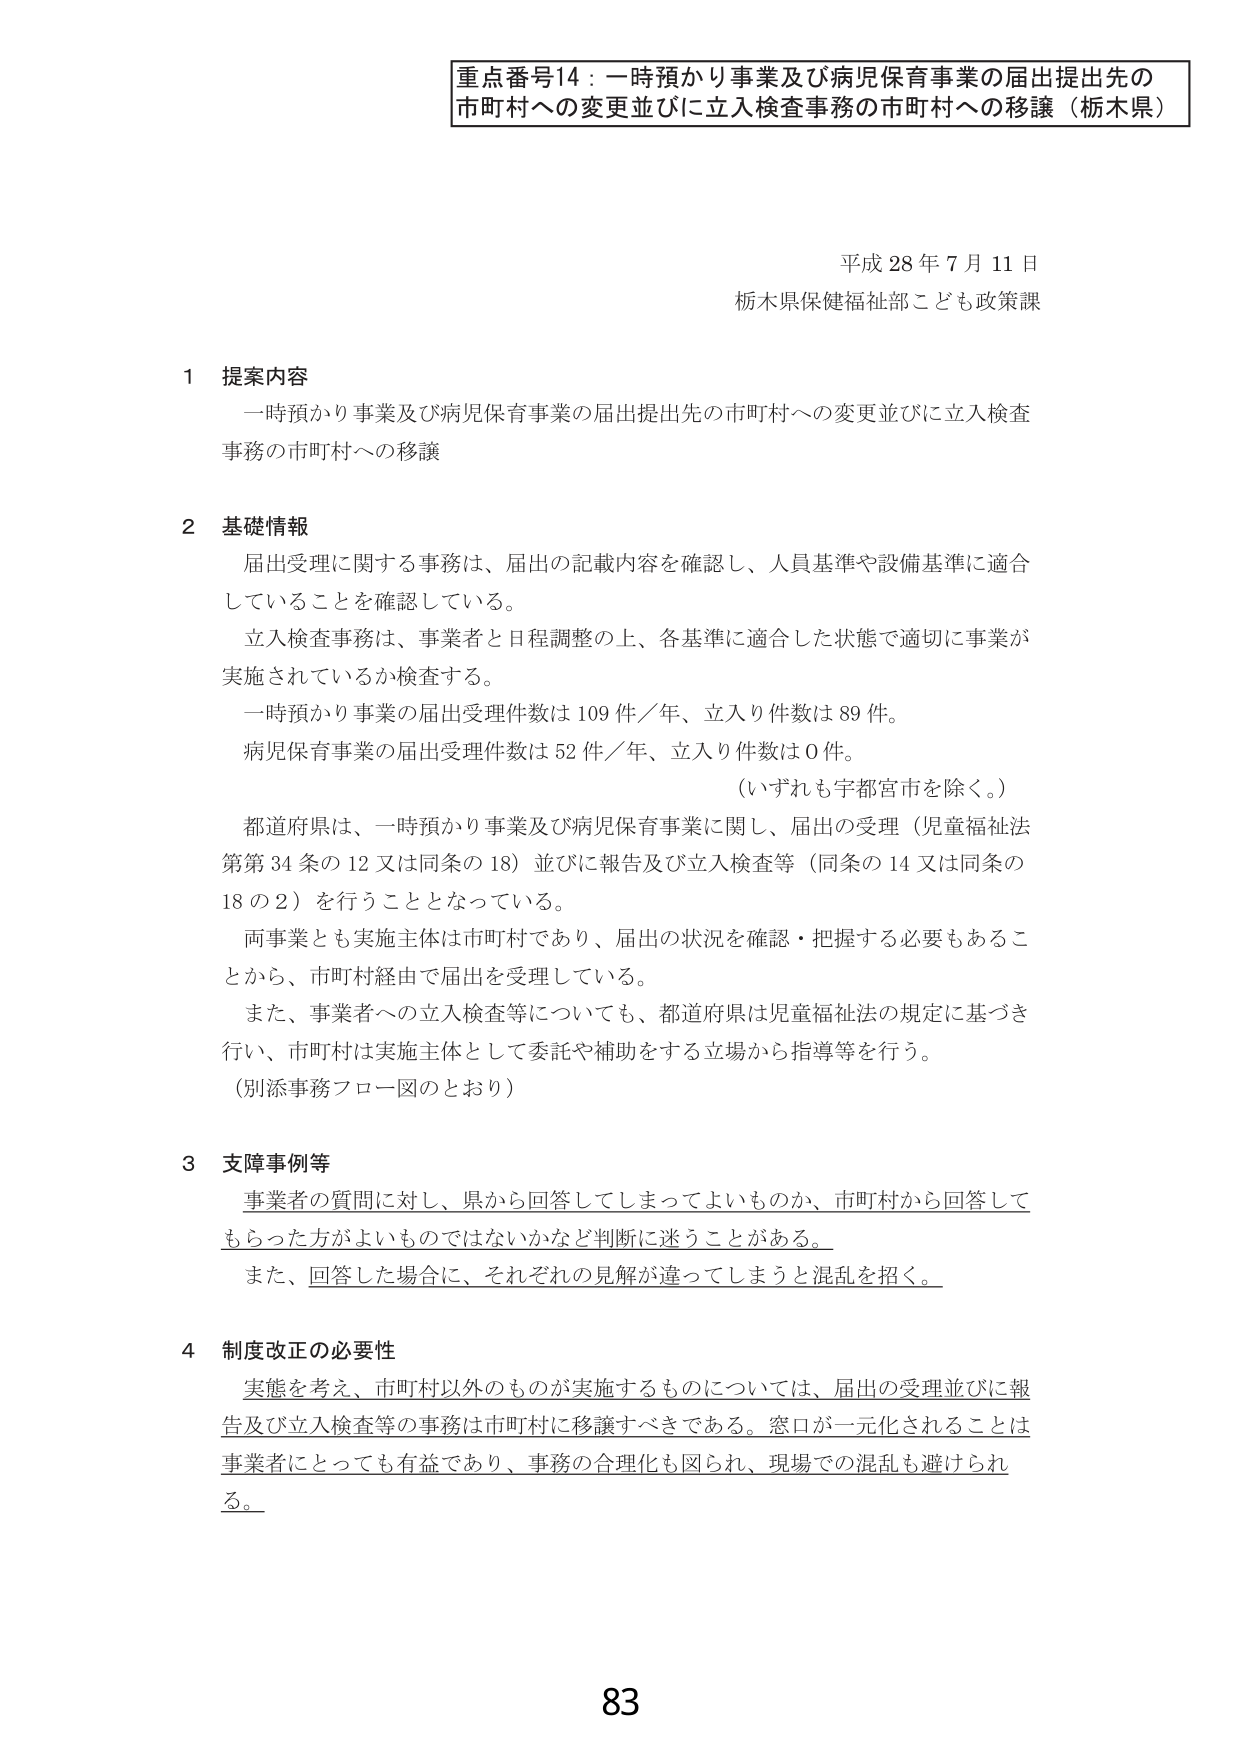
重点番号14：一時預かり事業及び病児保育事業の届出提出先の
市町村への変更並びに立入検査事務の市町村への移譲（栃木県）

平成28年7月11日
栃木県保健福祉部こども政策課

1 提案内容
一時預かり事業及び病児保育事業の届出提出先の市町村への変更並びに立入検査
事務の市町村への移譲

2 基礎情報
届出受理に関する事務は、届出の記載内容を確認し、人員基準や設備基準に適合
していることを確認している。
立入検査事務は、事業者と日程調整の上、各基準に適合した状態で適切に事業が
実施されているか検査する。
一時預かり事業の届出受理件数は109件／年、立入り件数は89件。
病児保育事業の届出受理件数は52件／年、立入り件数は0件。
（いずれも宇都宮市を除く。）
都道府県は、一時預かり事業及び病児保育事業に関し、届出の受理（児童福祉法
第第34条の12又は同条の18）並びに報告及び立入検査等（同条の14又は同条の
18の2）を行うこととなっている。
両事業とも実施主体は市町村であり、届出の状況を確認・把握する必要もあるこ
とから、市町村経由で届出を受理している。
また、事業者への立入検査等についても、都道府県は児童福祉法の規定に基づき
行い、市町村は実施主体として委託や補助をする立場から指導等を行う。
（別添事務フロー図のとおり）

3 支障事例等
事業者の質問に対し、県から回答してしまってよいものか、市町村から回答して
もらった方がよいものではないかなど判断に迷うことがある。
また、回答した場合に、それぞれの見解が違ってしまうと混乱を招く。

4 制度改正の必要性
実態を考え、市町村以外のものが実施するものについては、届出の受理並びに報
告及び立入検査等の事務は市町村に移譲すべきである。窓口が一元化されることは
事業者にとっても有益であり、事務の合理化も図られ、現場での混乱も避けられ
る。

83